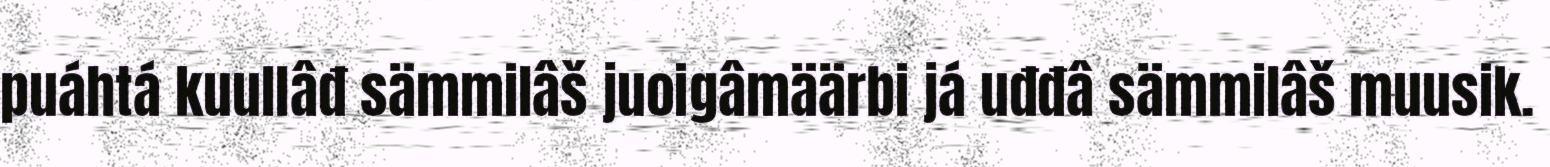
puáhtá kuullâđ sämmilâš juoigâmäärbi já uđđâ sämmilâš muusik.